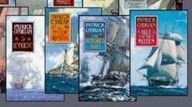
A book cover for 4 Book Set : The Aubrey-Maturin Series - Master and Commander, Post Captain, HMS Surprise, The Mauritius Command (The Aubrey-Maturin Series, Vol. 1, 2, 3, 4); Patrick O'Brian; Literature & Fiction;